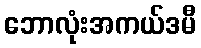
ဘောလုံးအကယ်ဒမီ